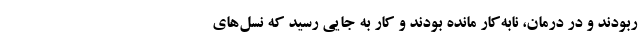
ربودند و در درمان، نابه‌کار مانده بودند و کار به جایی رسید که نسل‌های